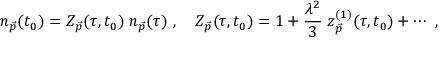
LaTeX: n _ { \vec { p } } ( t _ { 0 } ) = { \cal Z } _ { \vec { p } } ( \tau , t _ { 0 } ) \; n _ { \vec { p } } ( \tau ) ~ , \quad { \cal Z } _ { \vec { p } } ( \tau , t _ { 0 } ) = 1 + \frac { \lambda ^ { 2 } } { 3 } \; z _ { \vec { p } } ^ { ( 1 ) } ( \tau , t _ { 0 } ) + \cdots ~ ,